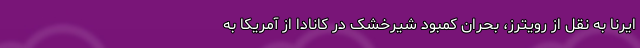
ایرنا به نقل از رویترز، بحران کمبود شیرخشک در کانادا از آمریکا به